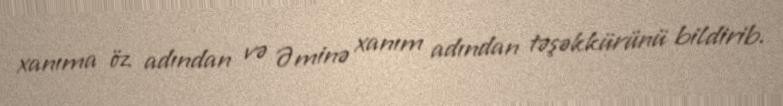
xanıma öz adından və Əminə xanım adından təşəkkürünü bildirib.